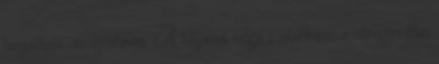
beépíthető nitrogénforma. A folyamat maga a nitrifikáció, a nitrogénciklus